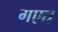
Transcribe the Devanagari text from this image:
गएद्य